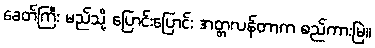
ခေတ်ကြီး မည်သို့ ပြောင်းပြောင်း အတ္တလန်တာက စည်ကားမြဲ။